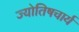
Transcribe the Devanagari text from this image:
ज्योतिषचार्य